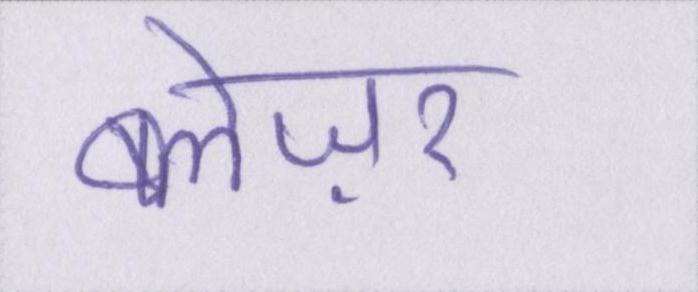
ब्लेज़र